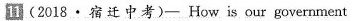
(2018\cdot 宿迁中考)- How is our government